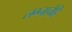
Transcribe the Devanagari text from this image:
लग्नाचेहि